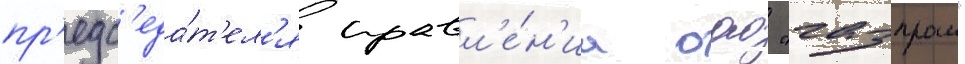
пр'едс'еда́т'ел'я правл'е́н'иа оао "газпром"